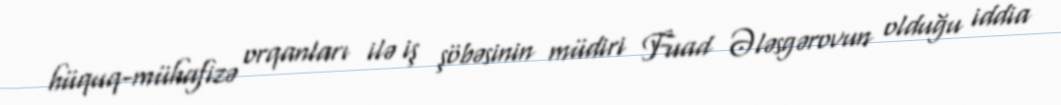
hüquq-mühafizə orqanları ilə iş şöbəsinin müdiri Fuad Ələsgərovun olduğu iddia